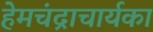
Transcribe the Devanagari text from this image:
हेमचंद्राचार्यका